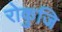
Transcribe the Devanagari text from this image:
रोकुजि